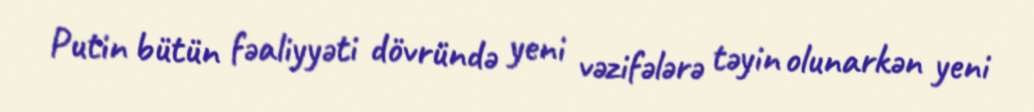
Putin bütün fəaliyyəti dövründə yeni vəzifələrə təyin olunarkən yeni